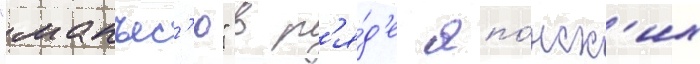
"манъес'ю" в р'я́д'е япо́нск'их